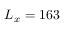
L _ { x } = 1 6 3